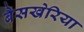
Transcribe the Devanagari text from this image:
बैसखेरिया